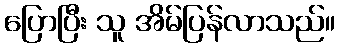
ပြောပြီး သူ အိမ်ပြန်လာသည်။